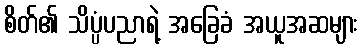
စိတ်၏ သိပ္ပံပညာရဲ့ အခြေခံ အယူအဆများ